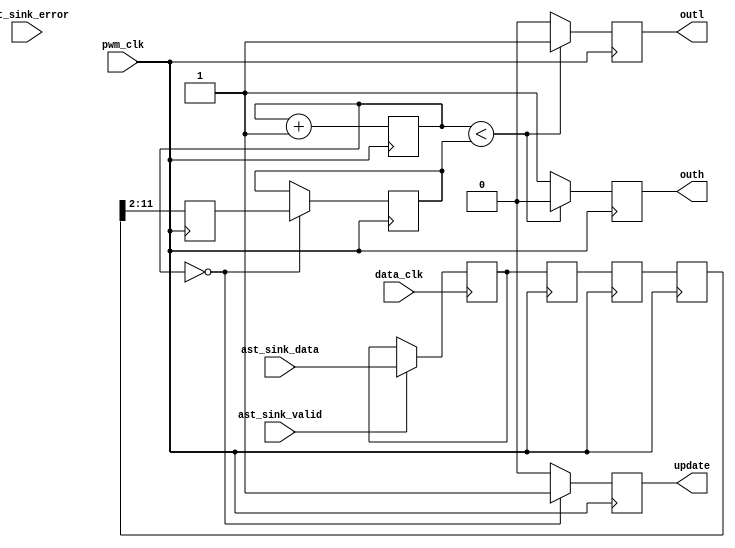
//
// Copyright (c) 2015 Thomas R. Murphy and Case Western Reserve University
// All Rights Reserved
//
// Developed by Thomas Russell Murphy (trm70) during employment as teaching
// assistant of EECS 301 at CWRU.
//
// THIS SOFTWARE IS PROVIDED BY THE COPYRIGHT HOLDERS AND CONTRIBUTORS ``AS IS''
// AND ANY EXPRESS OR IMPLIED WARRANTIES, INCLUDING, BUT NOT LIMITED TO, THE
// IMPLIED WARRANTIES OF MERCHANTABILITY AND FITNESS FOR A PARTICULAR PURPOSE ARE
// DISCLAIMED. IN NO EVENT SHALL THE COPYRIGHT HOLDER OR CONTRIBUTORS BE LIABLE FOR
// ANY DIRECT, INDIRECT, INCIDENTAL, SPECIAL, EXEMPLARY, OR CONSEQUENTIAL DAMAGES
// (INCLUDING, BUT NOT LIMITED TO, PROCUREMENT OF SUBSTITUTE GOODS OR SERVICES;
// LOSS OF USE, DATA, OR PROFITS; OR BUSINESS INTERRUPTION) HOWEVER CAUSED AND ON
// ANY THEORY OF LIABILITY, WHETHER IN CONTRACT, STRICT LIABILITY, OR TORT
// (INCLUDING NEGLIGENCE OR OTHERWISE) ARISING IN ANY WAY OUT OF THE USE OF THIS
// SOFTWARE, EVEN IF ADVISED OF THE POSSIBILITY OF SUCH DAMAGE.
//

module avalon_motor
       (
           input pwm_clk, data_clk,
           input [ 11: 0 ] ast_sink_data,
           input [ 1: 0 ] ast_sink_error,
           input ast_sink_valid,
           output reg outh, outl,
           output reg update
       );
//

reg [ 11: 0 ] last_valid_data;

reg [ 11: 0 ] data_sync0, data_sync1, data_sync2;
reg signed [ 9: 0 ] pwm_counter;

reg signed [ 9: 0 ] pwm_target, next_pwm_target;

// Accept AST input in data_clk domain
always @( posedge data_clk ) begin
    if ( ast_sink_valid ) begin
        last_valid_data <= ast_sink_data;
    end
    else begin
        last_valid_data <= last_valid_data;
    end
end

// Clock domain transfer
// Requires f_{data_clk} < f_{pwm_clk} since ast_sink_valid is 1-cycle data_clk pulses
// Assumes that ast_sink_valid has infrequent edges since it's pulses
always @( posedge pwm_clk ) begin
    data_sync2 <= data_sync1;
    data_sync1 <= data_sync0;
    data_sync0 <= last_valid_data;

    // Resultant signal for transfer, truncated down to 10 bits
    next_pwm_target <= data_sync2[ 11: 2 ];
end

// PWM generation
always @( posedge pwm_clk ) begin
    pwm_counter <= pwm_counter + 1'b1;

    // Transfer to pwm_target at PWM cycle's desired value
    if ( pwm_counter == 0 ) begin
        pwm_target <= next_pwm_target;
        update <= 1'b1; // Indicate that the PWM updated
    end
    else begin
        pwm_target <= pwm_target;
        update <= 1'b0;
    end

    // PWM comparator
    if ( pwm_counter < pwm_target ) begin
        outh <= 1'b0;
        outl <= 1'b1;
    end
    else begin
        outh <= 1'b1;
        outl <= 1'b0;
    end
end

endmodule